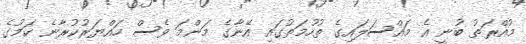
މުއްރަތު ބުނީ އެ މައްސަލައިގެ ތުހުމަތުގައި އޭނާގެ މަންމަ ވެސް ހައްޔަރުކުރާނެ ކަމުގެ